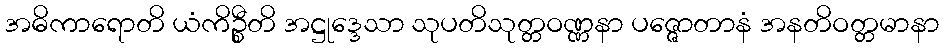
အဓိကာရောတိ ယံကိဉ္စီတိ အဋ္ဌုဒ္ဒေသာ သုပတိသုတ္တဝဏ္ဏနာ ပဇ္ဇောတာနံ အနတိဝတ္တမာနာ